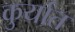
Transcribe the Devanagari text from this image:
कुर्यात